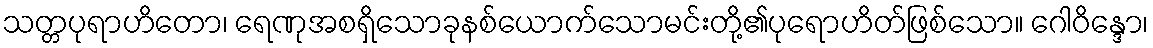
သတ္တပုရာဟိတော၊ ရေဏုအစရှိသောခုနစ်ယောက်သောမင်းတို့၏ပုရောဟိတ်ဖြစ်သော။ ဂေါဝိန္ဒော၊